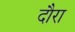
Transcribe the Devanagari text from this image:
दौरा